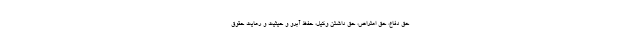
حق دفاع، حق اعتراض، حق داشتن وکیل، حفظ آبرو و حیثیت و رعایت حقوق